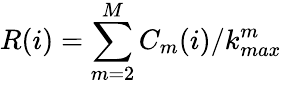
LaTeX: R(i)=\sum_{m=2}^{M}C_{m}(i)/k_{max}^{m}